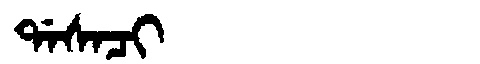
Manchu: ᡩᠠᠰᠠᠴᡳ
Romanization: DASACI